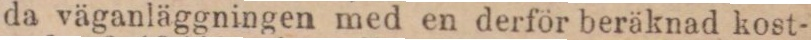
da väganläggningen med en derför beräknad kost-